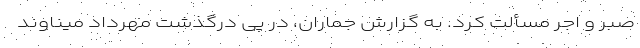
صبر و اجر مسألت کرد. به گزارش جماران، در پی درگذشت مهرداد میناوند